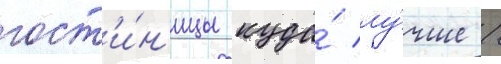
гост'и́н'ицы куда́ лу́чше /